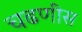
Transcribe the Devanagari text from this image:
चढणीस